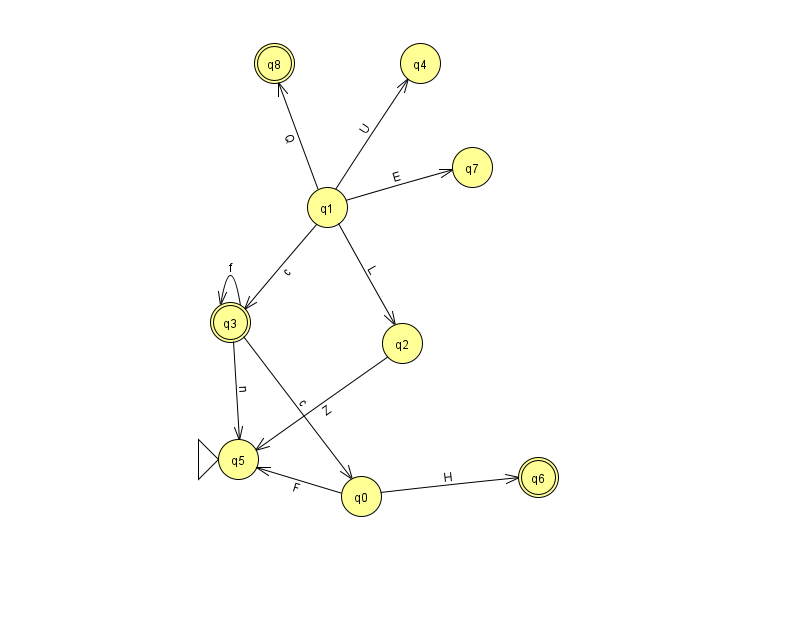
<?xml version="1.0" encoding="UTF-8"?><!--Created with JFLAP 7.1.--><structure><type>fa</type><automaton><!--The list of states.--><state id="0" name="q0"><x>361.0</x><y>483.0</y></state><state id="1" name="q1"><x>327.0</x><y>194.0</y></state><state id="2" name="q2"><x>402.0</x><y>330.0</y></state><state id="3" name="q3"><x>230.0</x><y>309.0</y><final/></state><state id="4" name="q4"><x>420.0</x><y>50.0</y></state><state id="5" name="q5"><x>238.0</x><y>446.0</y><initial/></state><state id="6" name="q6"><x>538.0</x><y>464.0</y><final/></state><state id="7" name="q7"><x>472.0</x><y>154.0</y></state><state id="8" name="q8"><x>274.0</x><y>50.0</y><final/></state><!--The list of transitions.--><transition><from>0</from><to>6</to><read>H</read></transition><transition><from>3</from><to>5</to><read>n</read></transition><transition><from>1</from><to>3</to><read>c</read></transition><transition><from>1</from><to>2</to><read>L</read></transition><transition><from>3</from><to>0</to><read>c</read></transition><transition><from>3</from><to>3</to><read>f</read></transition><transition><from>1</from><to>4</to><read>U</read></transition><transition><from>2</from><to>5</to><read>Z</read></transition><transition><from>1</from><to>7</to><read>E</read></transition><transition><from>0</from><to>5</to><read>F</read></transition><transition><from>1</from><to>8</to><read>Q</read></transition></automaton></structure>